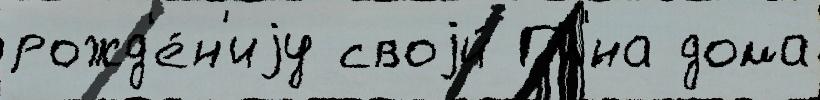
рожд'е́н'иjу своjи́ Пл'́на дома